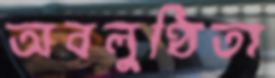
অবলুণ্ঠিতা